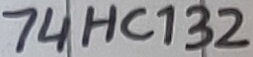
Text: 74HC132